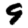
Digit: 9